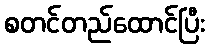
စတင်တည်ထောင်ပြီး